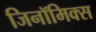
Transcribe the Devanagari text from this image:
जिनॉमिक्स